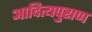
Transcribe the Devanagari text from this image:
आदित्यपुराण